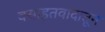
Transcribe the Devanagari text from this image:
वसाहतवादातून